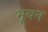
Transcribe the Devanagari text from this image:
भूयन